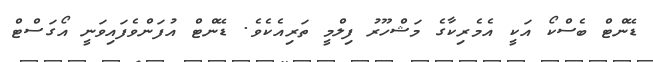
ޑޭންޓް ބެސްކޯ އަކީ އެމެރިކާގެ މަޝްހޫރު ފިލްމީ ތަރިއެކެވެ. ޑޭންޓް އުފަންވެފައިވަނީ އޯގަސްޓް